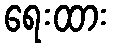
ရေးထား